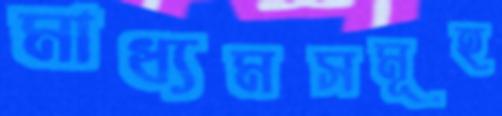
মাধ্যমসমূহ